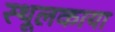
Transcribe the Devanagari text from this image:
स्थूलकाया